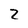
Character: 2